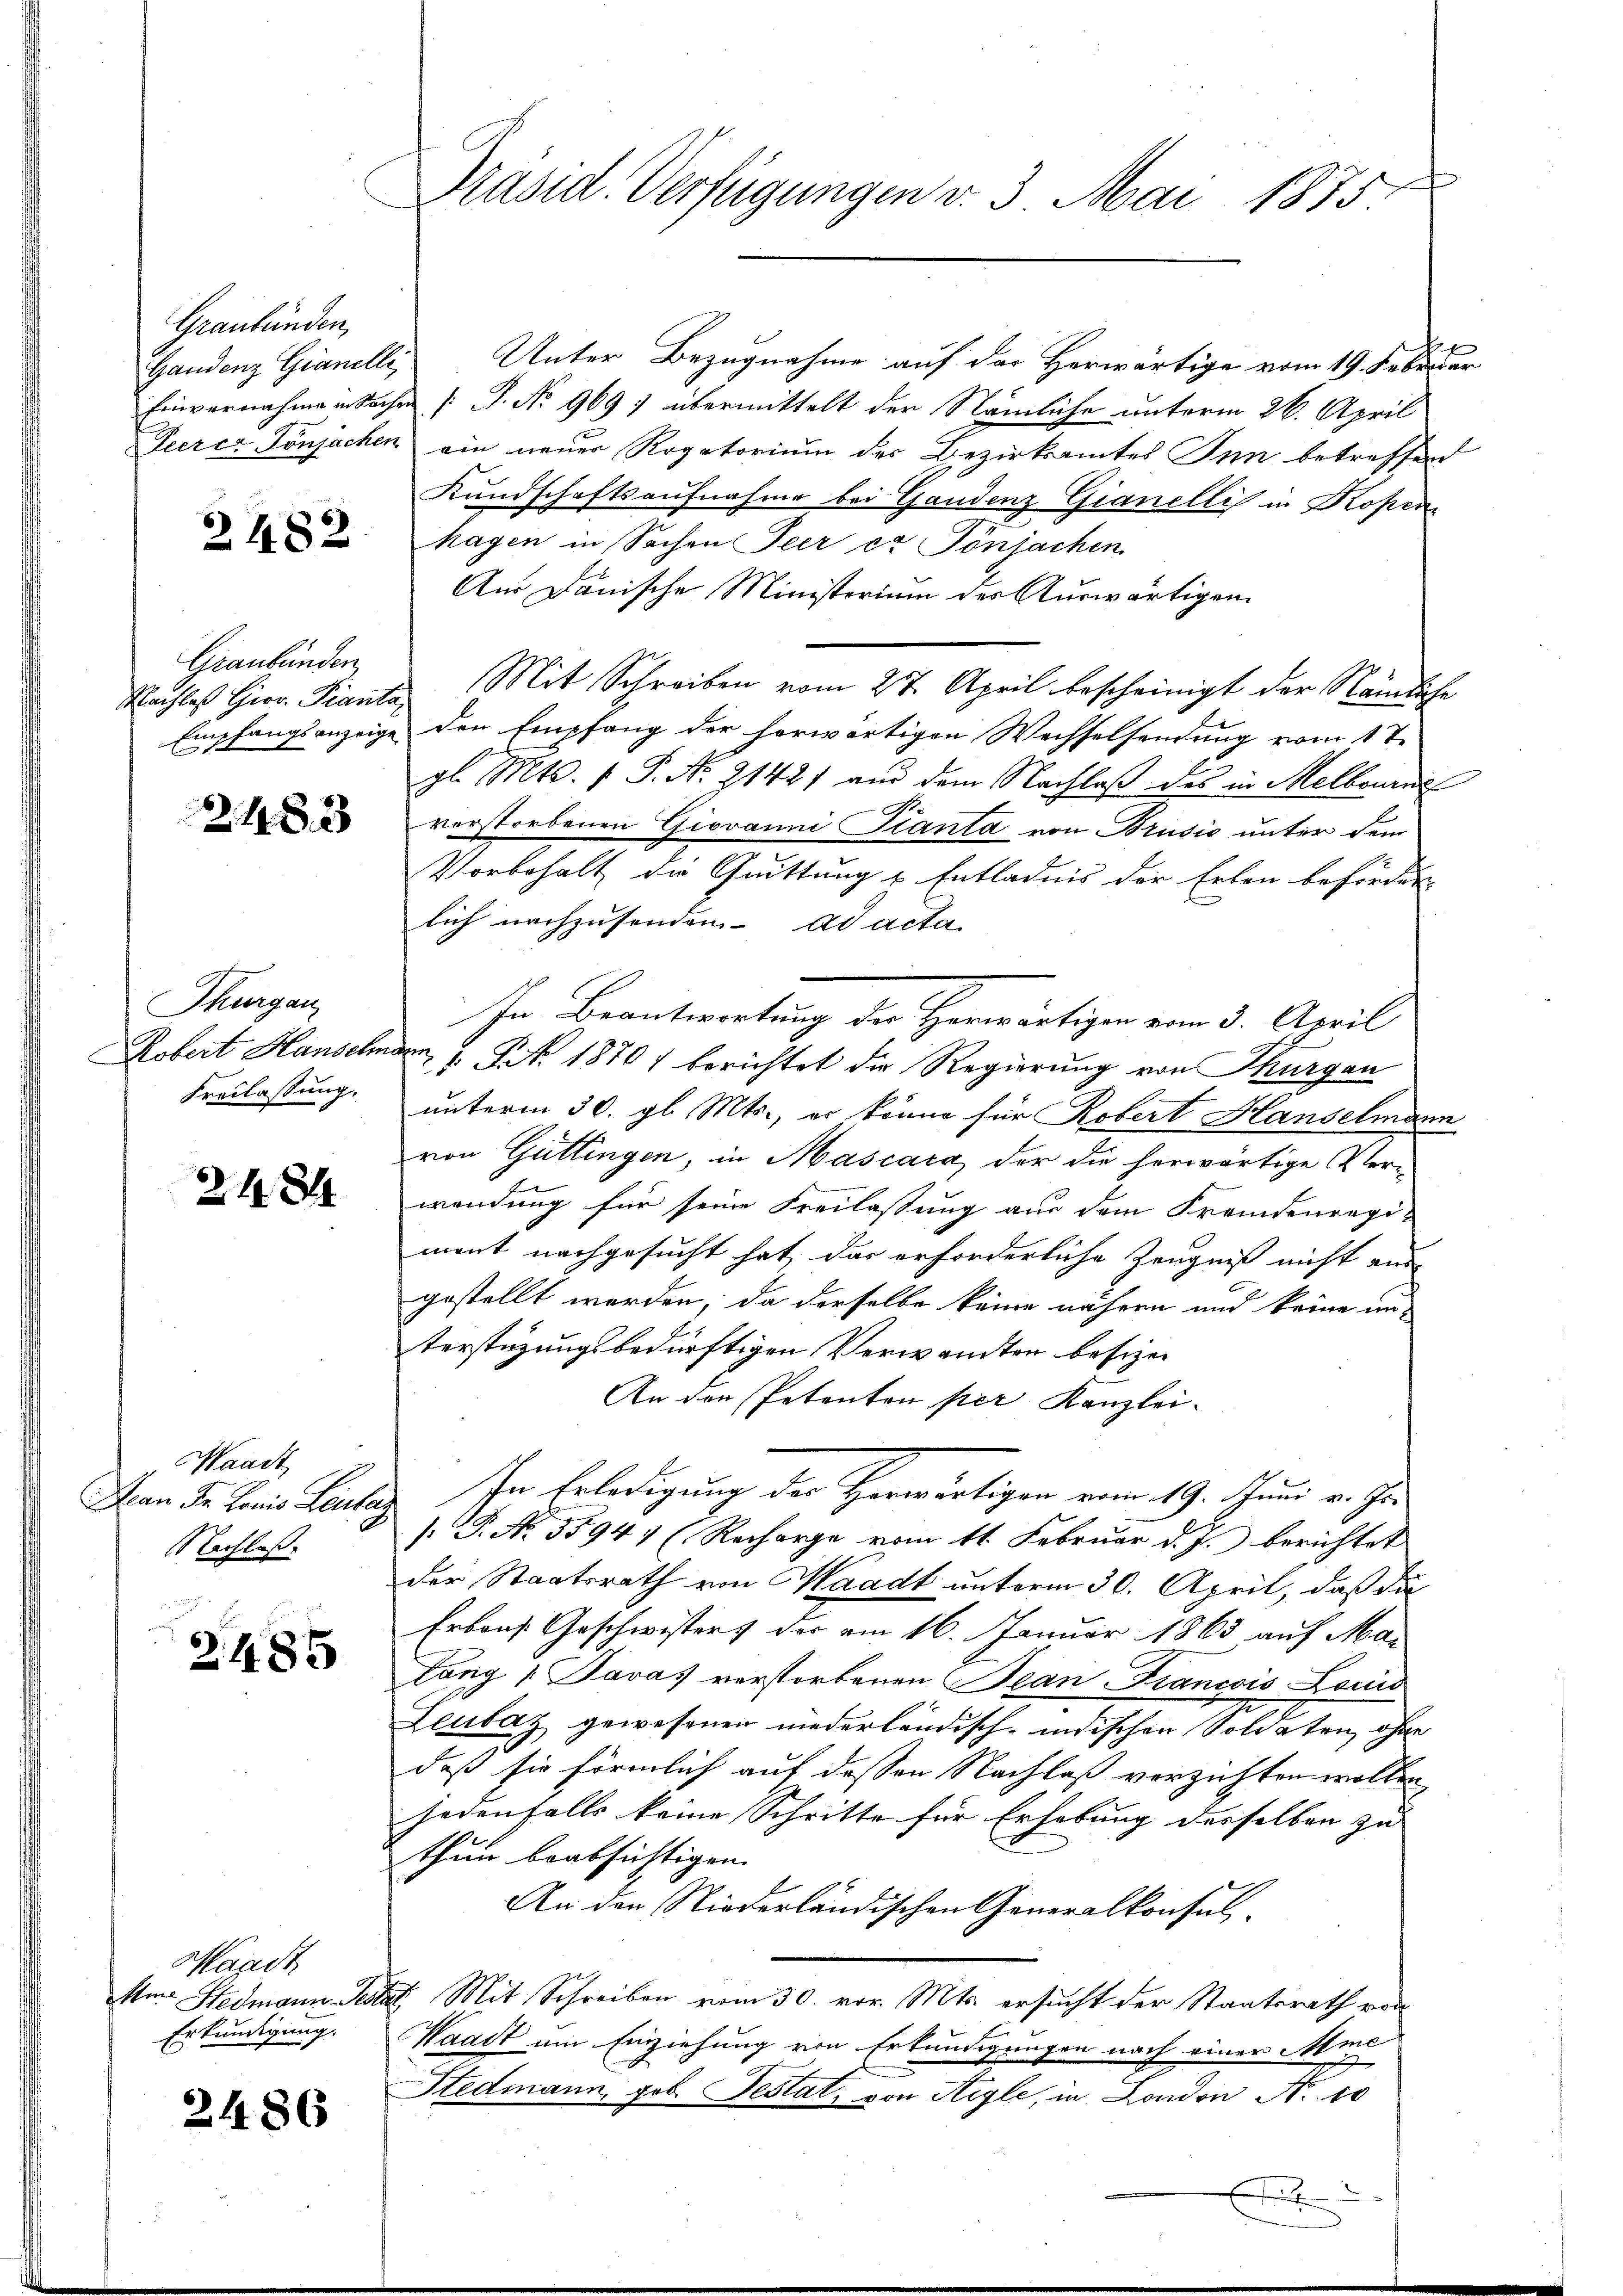
Graubünden,

2482.

Graubünden
Nachlass Gior Pianta

2 48 x

Thurgau
Robert Hanseh
Freilassung.

218

Waadt,
Jean Fr. Louis Leutaz
Nachlaß.

2485

Mardt
m. Hedmann Jen
Erkundigung.

2486

Präsid. Verfügungen v. 3. Mai 1875.

Gandenz Gianelli, Unter Bezugnahme auf der Herwärtige vom 19. Februar
Einvernahmen Sachen (T. No 969 : übermittelt der Nämliche unterm 26. April
Geerer Tönsachen ein neuer Rogatorium der Bezirksamtes Inn betreffend
Kundschaftsaufnahme bei Gandenz Gianelli in Kopen
hagen in Sachen Peer cr Pönjachen
Au Dänische Ministerium des Auswärtigen
 Mit Schreiben vom 27. April bescheinigt der Nämliche
Empfangsanzeige den Empfang der herwärtigen Wechselsendung vom 17.
gl. Mts. 1 P. Nr. 2142) an dem Nachlaβ des in Melborne
verstorbenen Giovanni Tianta von Brusić unter dem
Vorbehalt die Quittung u. Entladnis der Erlen beförden |
lich nachzusenden. ad acta
In Beantwortung der Herwärtigen vom 3. April
m 7. No. 1870) berichtet die Regierung von Thurgau
unterm 30. gl. Mts., er könne für Robert Hanselmann
von Güttingen, in Mascara, der die herwärtige Verwendung für seine Freilassung aus dem Fremdenregi-
mont nachgesucht hat, das erforderliche Zeugniß nicht aus
gestellt werden, da derselbe keine nähern und keine un-
terstüzungsbedürftigen Verwandten besizen
An den Petenten per Kanzlei¬
In Erledigung der Herwärtigen vom 19. Juni v. Ge¬
.G. No. 55947 (Recharge vom 11. Februar d. J. berichtet
der Staatsrath von Waadt unterm 30. April, daß die
Erbons Geschwisters der am 16. Januar 1863 auf Mar
täng [Pavas verstorbenen Bean Francois Laciis
Leubaz gewesenen niederländisch-indischen Soldaten, ohne
daß sie förmlich auf dessen Nachlaß verzichten wollen
jedenfalls keine Schritte für Erhebung desselben zu |
thum beabsichtigen.
An den Niederländischen Generalkonsul-
I. Mit Schreiben vom 30. vor. Mts. ersucht der Staatsrath von
Waadt um Einziehung von Erkundigungen nach einer Meis
Stedmann, geb. Testat, von Aigle, in London Nr. 10

x